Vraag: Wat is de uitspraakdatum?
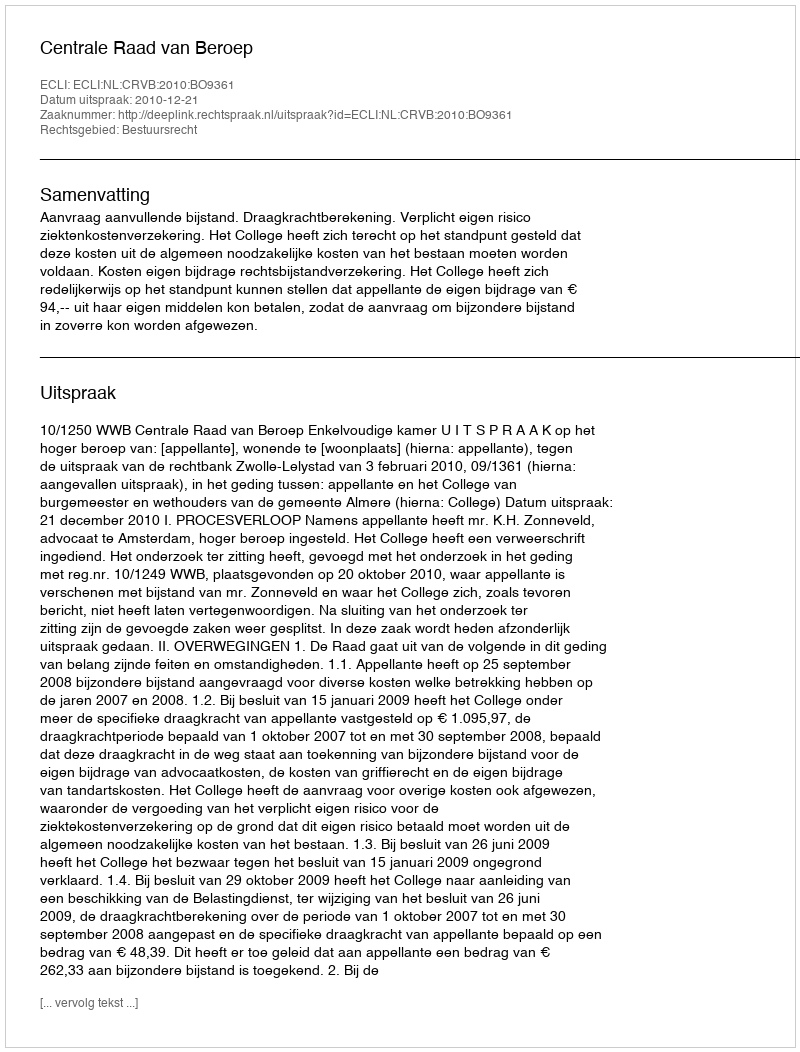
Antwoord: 2010-12-21